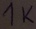
Text: 1K